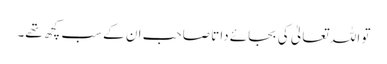
تو اللہ تعالیٰ کی بجائے داتا صاحب ان کے سب کچھ تھے۔